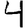
Digit: 4